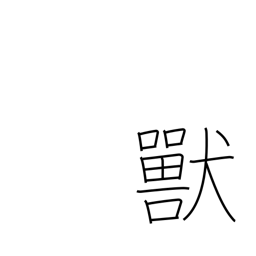
Meaning: bestial